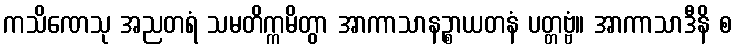
ကသိဏေသု အညတရံ သမတိက္ကမိတွာ အာကာသာနဉ္စာယတနံ ပတ္တဗ္ဗံ။ အာကာသာဒီနိ စ